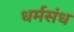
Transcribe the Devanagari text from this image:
धर्मसंध